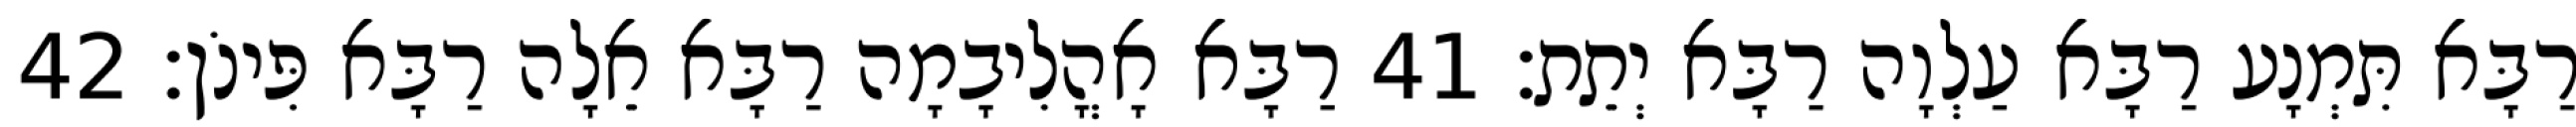
רַבָּא תִּמְנָע רַבָּא עַלְוָה רַבָּא יְתֵת׃ 41 רַבָּא אָהֳלִיבָמָה רַבָּא אֵלָה רַבָּא פִּינֹן׃ 42